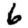
Digit: 6